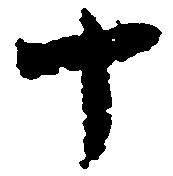
十